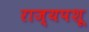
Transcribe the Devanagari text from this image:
राज्यपशू